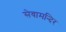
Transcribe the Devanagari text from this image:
सेवामन्दिर